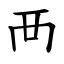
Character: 襾